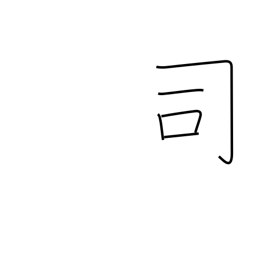
Meaning: director